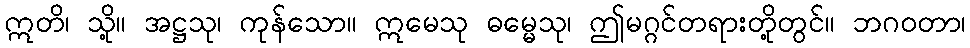
ဣတိ၊ သို့။ အဋ္ဌသု၊ ကုန်သော။ ဣမေသု ဓမ္မေသု၊ ဤမဂ္ဂင်တရားတို့တွင်။ ဘဂဝတာ၊